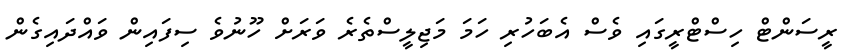
ރީސަންޓް ހިސްޓްރީގައި ވެސް އެބަހުރި ހަމަ މަޖިލީސްތެރެ ވަރަށް ހޫނުވެ ސިފައިން ވައްދައިގެން